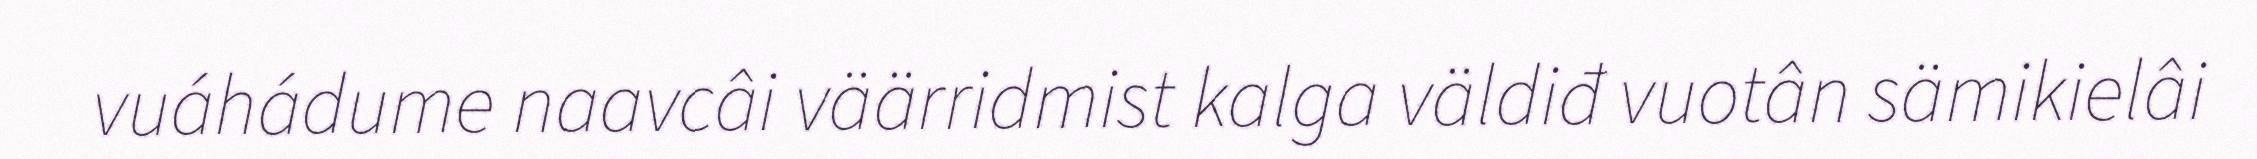
vuáhádume naavcâi väärridmist kalga väldiđ vuotân sämikielâi